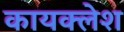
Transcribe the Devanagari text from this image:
कायक्लेश